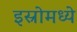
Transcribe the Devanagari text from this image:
इस्रोमध्ये